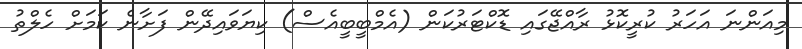
މިއަންނަ އަހަރު ކުރީކޮޅު ރާއްޖޭގައި ޑޮކްޓަރުކަން (އެމްބީބީއެސް) ކިޔަވައިދޭން ފަށާނެ ކަމަށް ހެލްތު